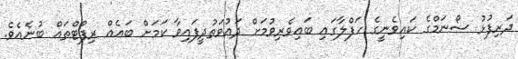
ދަރިފުޅު ސޯނަމްގެ ކައިވެނީގެ ހަފްލާގައި ބައިވެރިވުމަށް ދައުވަތުދީފައިވާ ކަމަށް ބައެއް ރިފޯޓްތައް ބުނެއެވެ.